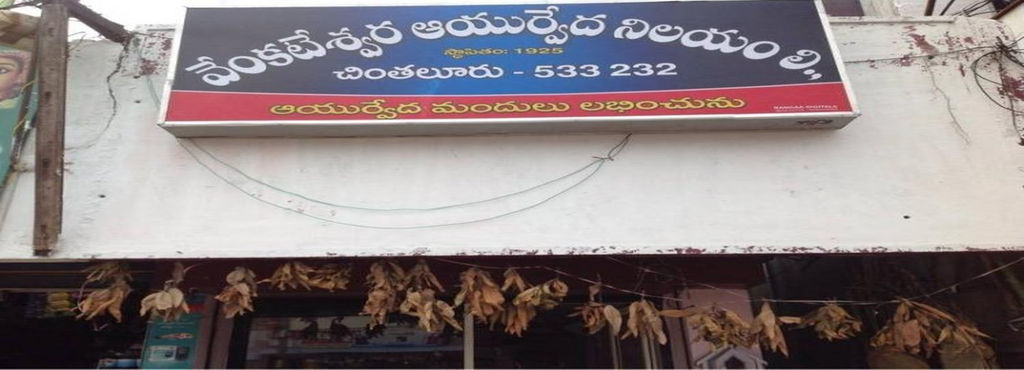
Language: telugu
Transcription: వెంకటేశ్వర చింతలూరు మందులు లభించును